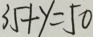
3 5 + y = 5 0